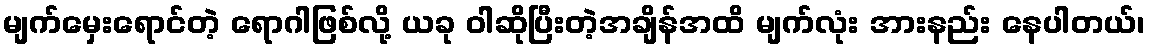
မျက်မှေးရောင်တဲ့ ရောဂါဖြစ်လို့ ယခု ဝါဆိုပြီးတဲ့အချိန်အထိ မျက်လုံး အားနည်း နေပါတယ်၊